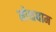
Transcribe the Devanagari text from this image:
मोक्षधाम